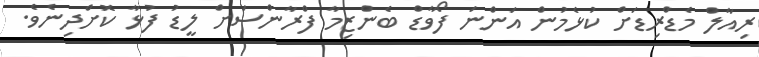
ރިއާލް މެޑްރިޑަށް ކުޅެމުން އަންނަ ފޯވާޑް ބެންޒިމާ ފްރާންސަށް ލީޑު ފުޅާ ކޮށްދިނެވެ.